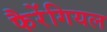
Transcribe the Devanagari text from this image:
फैरेंगियल